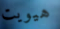
هيويت